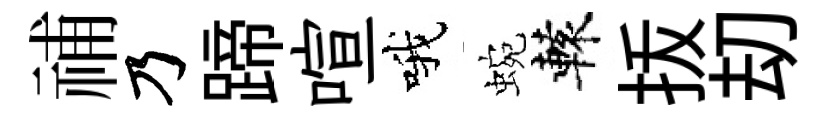
𥙷乃蹄喧哦蜿轅㧞刧